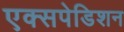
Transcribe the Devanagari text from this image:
एक्सपेडिशन